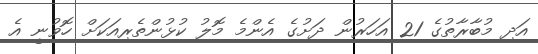
އަދި މުބާރާތުގެ 21 އަހަރުން ދަށުގެ އެންމެ މޮލު ކުޅުންތެރިއަކަށް ހޮވުނީ އެ